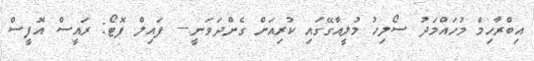
އިބްރާހިމް މުހައްމަދު ސޯލިހު މުލީއާގޭގައި ކުރިއަށް ގެންދަވަނީ.--- ފައިލް ފޮޓޯ: ރައީސް އޮފީސް